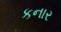
કનાર